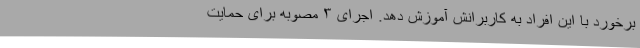
برخورد با این افراد به کاربرانش آموزش دهد. اجرای ۳ مصوبه برای حمایت